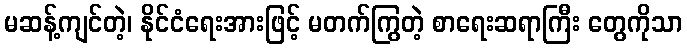
မဆန့်ကျင်တဲ့၊ နိုင်ငံရေးအားဖြင့် မတက်ကြွတဲ့ စာရေးဆရာကြီး တွေကိုသာ